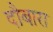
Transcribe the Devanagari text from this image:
दौबारा